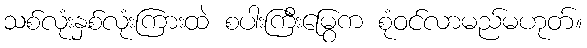
သစ်လုံးနှစ်လုံးကြားထဲ စပါးကြီးမြွေက စုံဝင်လာမည်မဟုတ်။